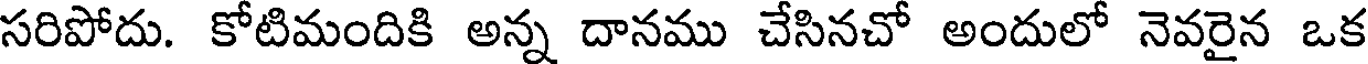
సరిపోదు. కోటిమందికి అన్న దానము చేసినచో అందులో నెవరైన ఒక